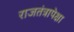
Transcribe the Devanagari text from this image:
राजतंत्रापेक्षा